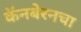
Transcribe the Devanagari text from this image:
कॅनबेरनचा